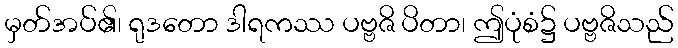
မှတ်အပ်၏၊ ရုဒတော ဒါရကဿ ပဗ္ဗဇိ ပိတာ၊ ဤပုံစံ၌ ပဗ္ဗဇိသည်